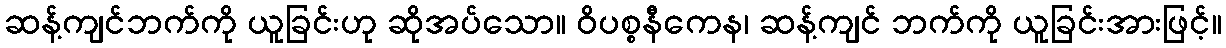
ဆန့်ကျင်ဘက်ကို ယူခြင်းဟု ဆိုအပ်သော။ ဝိပစ္စနီကေန၊ ဆန့်ကျင် ဘက်ကို ယူခြင်းအားဖြင့်။